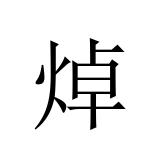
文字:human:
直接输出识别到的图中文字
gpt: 焯